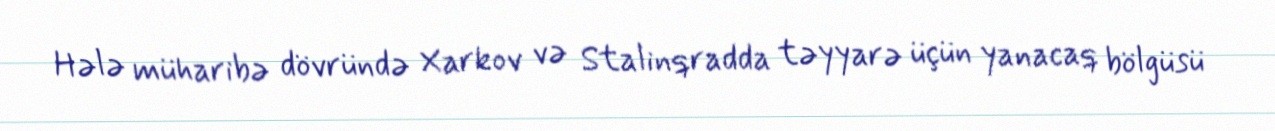
Hələ müharibə dövründə Xarkov və Stalinqradda təyyarə üçün yanacaq bölgüsü